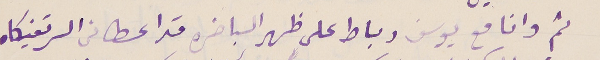
ثم وانا مع يوسف رباط على ظهر الباخره قد اعطانى السرتفيكاه